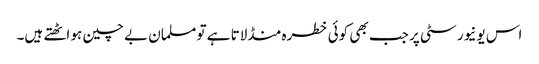
اس یونیورسٹی پر جب بھی کوئی خطرہ منڈلاتا ہے تو مسلمان بے چین ہو اٹھتے ہیں۔